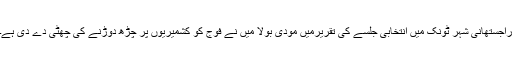
راجستھانی شہر ٹونک میں انتخابی جلسے کی تقریرمیں مودی بولا میں نے فوج کو کشمیریوں پر چڑھ دوڑنے کی چھٹی دے دی ہے۔